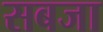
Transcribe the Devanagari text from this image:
सबजा